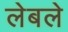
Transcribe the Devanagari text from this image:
लेबले